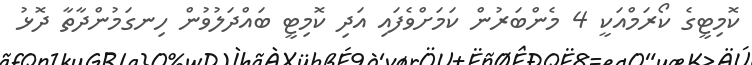
ކޮމިޓީގެ ކޯރަމްއަކީ 4 މެންބަރުން ކަމަށްވެފައި އަދި ކޮމިޓީ ބައްދަލުވުން ހިނގަމުންދާތާ ދޮޅު